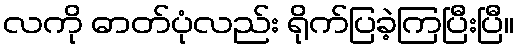
လကို ဓာတ်ပုံလည်း ရိုက်ပြခဲ့ကြပြီးပြီ။